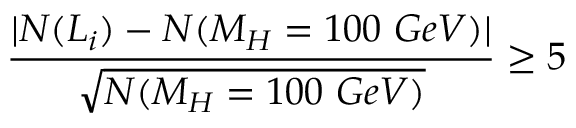
{ \frac { | N ( L _ { i } ) - N ( M _ { H } = 1 0 0 ~ G e V ) | } { \sqrt { N ( M _ { H } = 1 0 0 ~ G e V ) } } } \geq 5